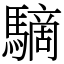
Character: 䮰